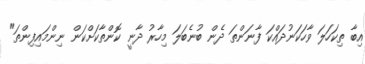
އިބާ ތިކަހަލަ ވާހަކަނުދައްކަ ފާނަންތަ ދެން ބުނެބަލަ މިހާރު ދާނީ ކޮންތާކަށްކަން ނިންމައިފިންތަ"